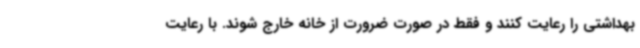
بهداشتی را رعایت کنند و فقط در صورت ضرورت از خانه خارج شوند. با رعایت